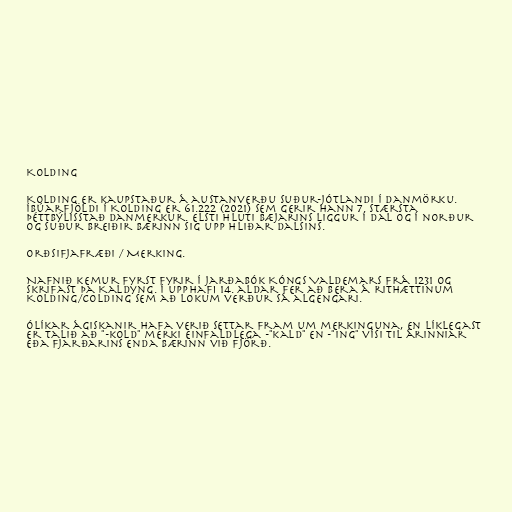
Kolding

Kolding er kaupstaður á austanverðu suður-Jótlandi í Danmörku.
Íbúarfjöldi í Kolding er 61.222 (2021) sem gerir hann 7. stærsta
þéttbýlisstað Danmerkur. Elsti hluti bæjarins liggur í dal og í norður
og suður breiðir bærinn sig upp hliðar dalsins.

Orðsifjafræði / Merking.

Nafnið kemur fyrst fyrir í Jarðabók Kóngs Valdemars frá 1231 og
skrifast þa Kaldyng. Í upphafi 14. aldar fer að bera á rithættinum
Kolding/Colding sem að lokum verður sá algengari.

Ólíkar ágiskanir hafa verið settar fram um merkinguna, en líklegast
er talið að "-kold" merki einfaldlega -"kald" en -"ing" vísi til árinniar
eða fjarðarins enda bærinn við fjörð.